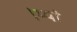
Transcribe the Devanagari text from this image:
।म्यां